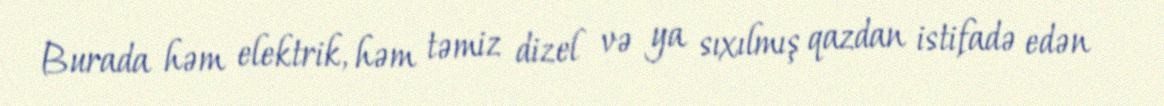
Burada həm elektrik, həm təmiz dizel və ya sıxılmış qazdan istifadə edən